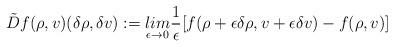
LaTeX: \begin{align*}\tilde D f(\rho,v) (\delta\rho,\delta v) := \underset{\epsilon \to 0}{lim} \frac 1 \epsilon [f (\rho + \epsilon \delta \rho, v + \epsilon \delta v)-f (\rho , v ) ]\end{align*}